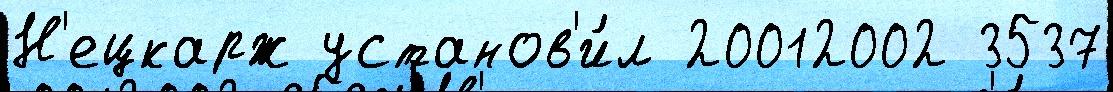
Н'ецкарж установ'и́л 20012002 3537